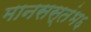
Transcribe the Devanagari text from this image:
मानसस्तंभ६